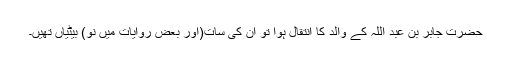
حضرت جابر بن عبد اللہؓ کے والد کا انتقال ہوا تو ان کی سات(اور بعض روایات میں نو) بیٹیاں تھیں۔